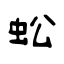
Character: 蚣